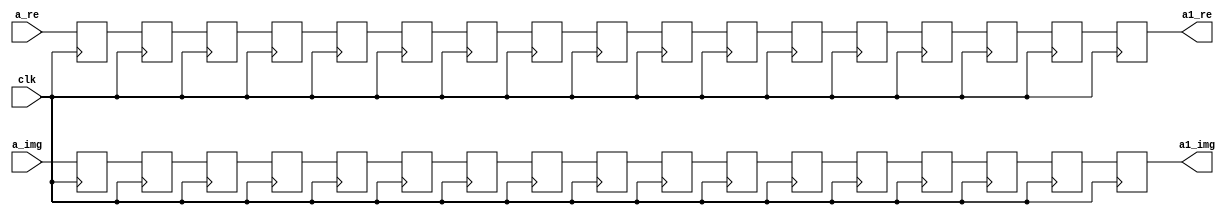
`timescale 1ns / 1ps
//////////////////////////////////////////////////////////////////////////////////
// Company: 
// Engineer: 
// 
// Design Name: 
// Module Name:    buf_17 
// Project Name: 
// Target Devices: 
// Tool versions: 
// Description: 
//
// Dependencies: 
//
// Revision: 
// Revision 0.01 - File Created
// Additional Comments: 
//
//////////////////////////////////////////////////////////////////////////////////
module buf_17(
    input [31:0] a_re,
    input [31:0] a_img,
    input clk,
    output reg [31:0] a1_re,
    output reg [31:0] a1_img
    );
reg [31:0] n0 [0:15];
reg [31:0] n1 [0:15];
always @(posedge clk) begin
n0[0]<=a_re;
n0[1]<=n0[0];
n0[2]<=n0[1];
n0[3]<=n0[2];
n0[4]<=n0[3];
n0[5]<=n0[4];
n0[6]<=n0[5];
n0[7]<=n0[6];
n0[8]<=n0[7];
n0[9]<=n0[8];
n0[10]<=n0[9];
n0[11]<=n0[10];
n0[12]<=n0[11];
n0[13]<=n0[12];
n0[14]<=n0[13];
n0[15]<=n0[14];
a1_re<=n0[15];

n1[0]<=a_img;
n1[1]<=n1[0];
n1[2]<=n1[1];
n1[3]<=n1[2];
n1[4]<=n1[3];
n1[5]<=n1[4];
n1[6]<=n1[5];
n1[7]<=n1[6];
n1[8]<=n1[7];
n1[9]<=n1[8];
n1[10]<=n1[9];
n1[11]<=n1[10];
n1[12]<=n1[11];
n1[13]<=n1[12];
n1[14]<=n1[13];
n1[15]<=n1[14];
a1_img<=n1[15];
end

endmodule